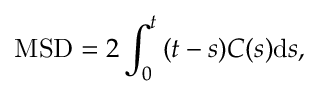
\mathrm { M S D } = 2 \int _ { 0 } ^ { t } { ( t - s ) C ( s ) \mathrm { d } s } ,